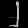
Digit: ၂